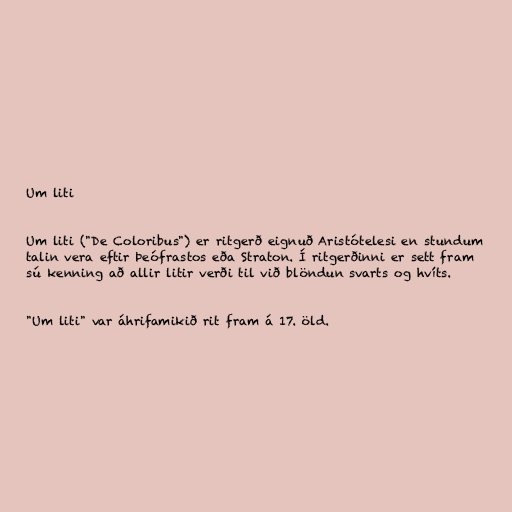
Um liti

Um liti ("De Coloribus") er ritgerð eignuð Aristótelesi en stundum
talin vera eftir Þeófrastos eða Straton. Í ritgerðinni er sett fram
sú kenning að allir litir verði til við blöndun svarts og hvíts.

"Um liti" var áhrifamikið rit fram á 17. öld.